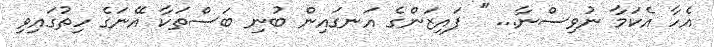
އެހާ އެކަމާ ނުވިސްނާ... " ފައިޒަންގެ އަނގައިން ބުނި ބަސްތަކާ އޭނަގެ ހިތުގައިވި